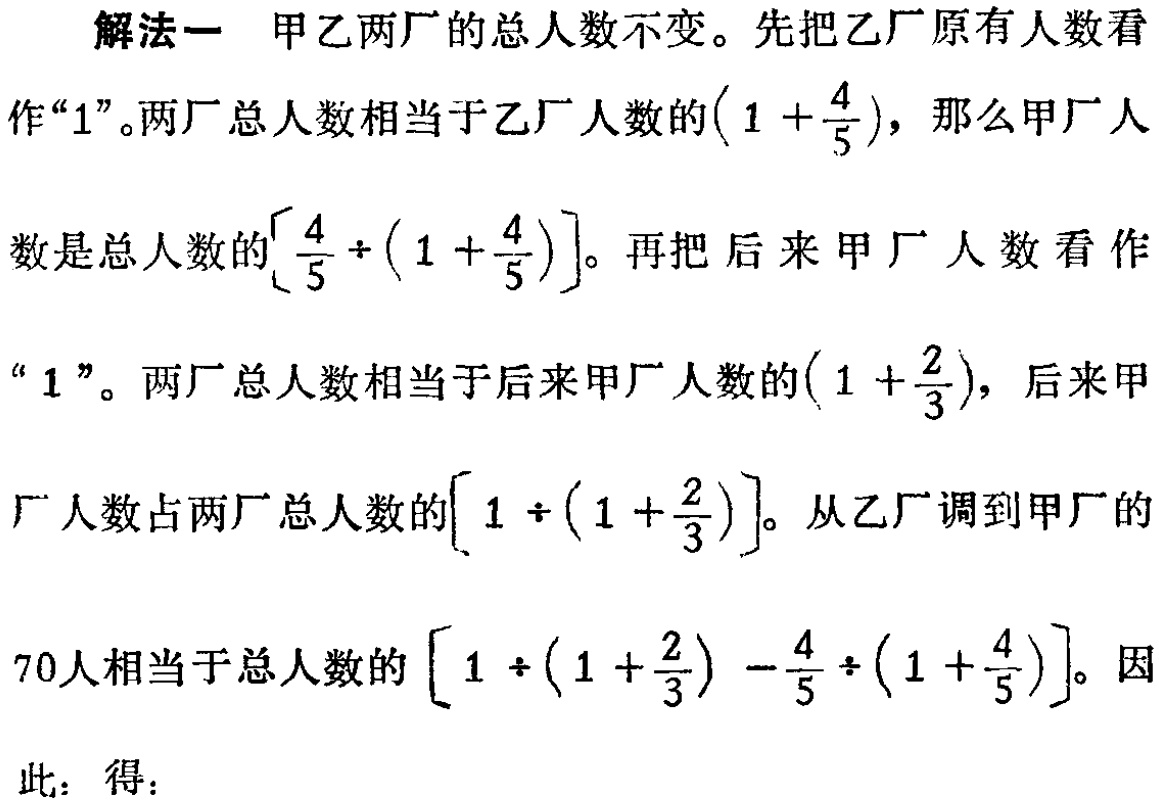
解法一 甲乙两厂的总人数不变。先把乙厂原有人数看

作“1”。两厂总人数相当于乙厂人数的\((1 + \frac{4}{5})\)，那么甲厂人

数是总人数的\([\frac{4}{5} \div (1 + \frac{4}{5})]\)。再把后来甲厂人数看作

“1”。两厂总人数相当于后来甲厂人数的\((1 + \frac{2}{3})\)，后来甲

厂人数占两厂总人数的\([1 \div (1 + \frac{2}{3})]\)。从乙厂调到甲厂的

70人相当于总人数的\([1 \div (1 + \frac{2}{3}) - \frac{4}{5} \div (1 + \frac{4}{5})]\)。因

此：得：